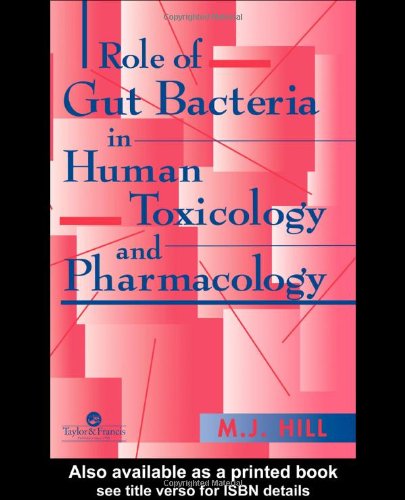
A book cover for Role of gut bacteria in human toxicology and pharmacology; Bradley Hillman; Medical Books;